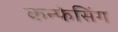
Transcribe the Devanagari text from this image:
कन्फेसिंग